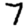
Digit: 7